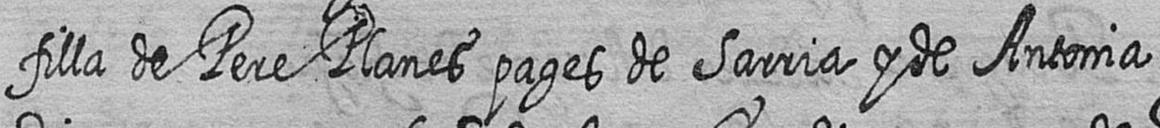
filla de Pere Planes pages de Sarria y de Antonia